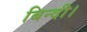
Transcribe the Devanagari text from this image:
बिन्दी।